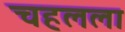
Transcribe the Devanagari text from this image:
चहलला